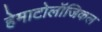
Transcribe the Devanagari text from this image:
हेमाटोलॉजिकल